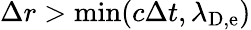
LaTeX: \Delta r>\operatorname*{min}(c\Delta t,\lambda_{\mathrm{D,e}})